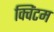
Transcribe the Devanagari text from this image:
क्विंटम